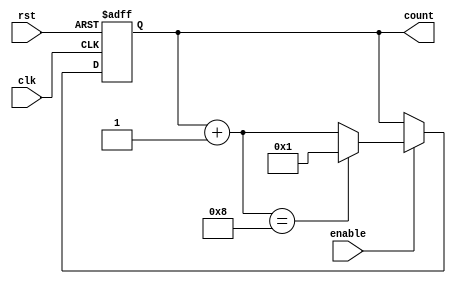
module RingCounter (
    input wire clk,
    input wire rst,
    input wire enable,
    output reg [3:0] count
);

reg [3:0] next_count;

always @(posedge clk or posedge rst) begin
    if (rst) begin
        count <= 4'b0000;
    end else begin
        if (enable) begin
            count <= next_count;
        end
    end
end

always @* begin
    next_count = count + 1;
    if (next_count == 4'b1000) begin
        next_count = 4'b0001;
    end
end

endmodule